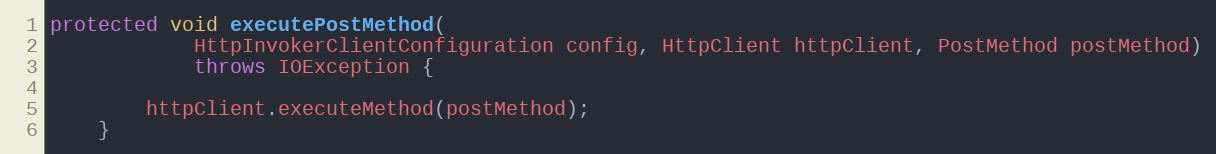
Language: Java
protected void executePostMethod(
            HttpInvokerClientConfiguration config, HttpClient httpClient, PostMethod postMethod)
            throws IOException {

        httpClient.executeMethod(postMethod);
    }